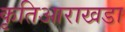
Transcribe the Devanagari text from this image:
कृतिआराखडा